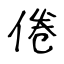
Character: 倦